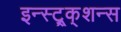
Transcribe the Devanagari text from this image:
इन्स्ट्र्क्शन्स